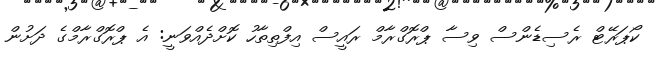
ކޯޕަރޭޓް ރެސިޑެންސް ވިސާ ޕްރޮގްރާމް ރައީސް އިފްތިތާހު ކޮށްދެއްވަނީ: އެ ޕްރޮގްރާމްގެ ދަށުން